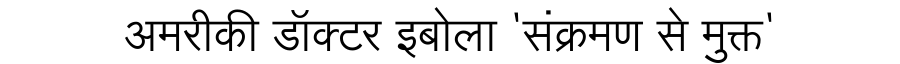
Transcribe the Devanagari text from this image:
अमरीकी डॉक्टर इबोला 'संक्रमण से मुक्त'